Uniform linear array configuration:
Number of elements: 16
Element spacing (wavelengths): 0.25
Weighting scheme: hamming
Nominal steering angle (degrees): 30
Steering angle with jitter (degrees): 29.859
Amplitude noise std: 0.05
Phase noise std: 0.05

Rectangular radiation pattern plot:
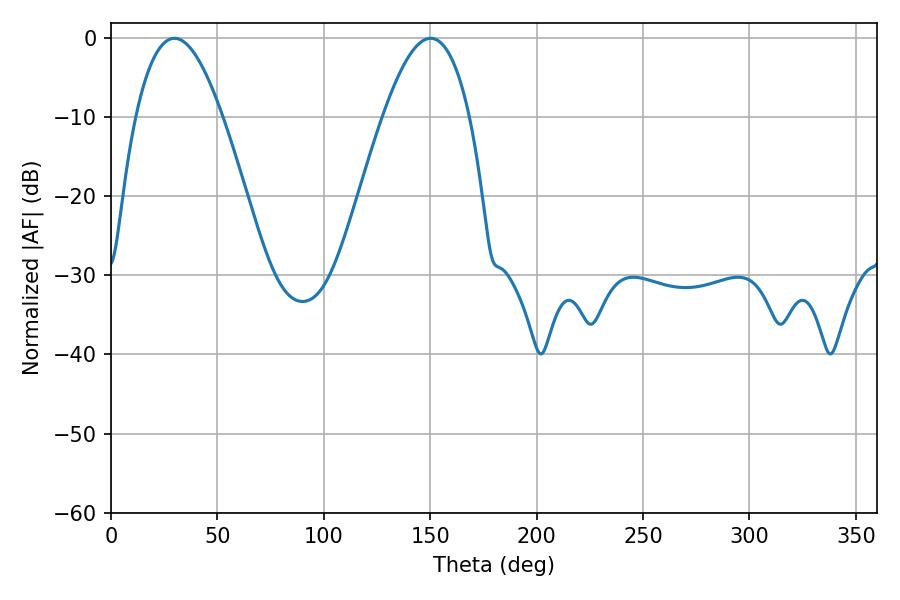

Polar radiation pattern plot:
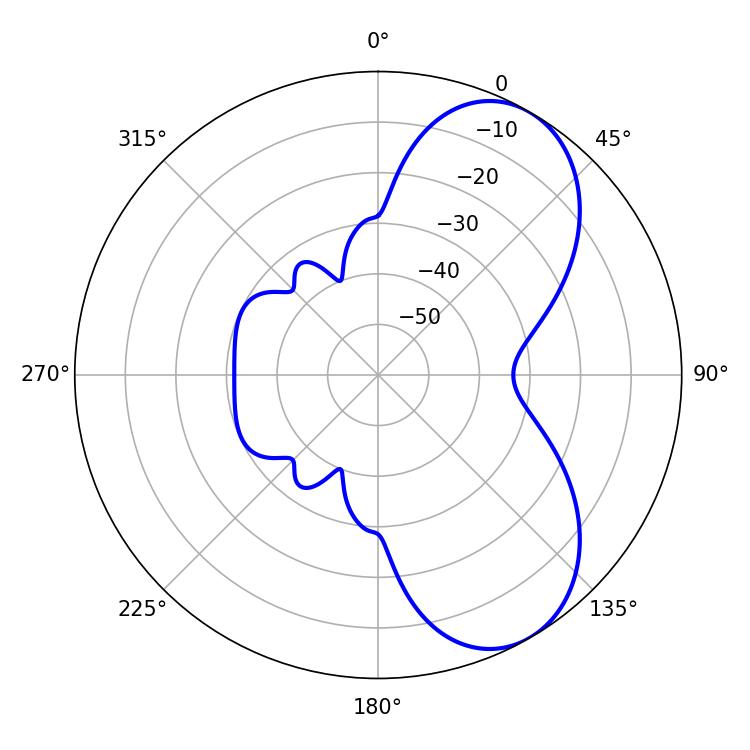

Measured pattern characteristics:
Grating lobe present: FALSE
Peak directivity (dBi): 6.694
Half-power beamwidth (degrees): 22.32
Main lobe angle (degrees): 29.88